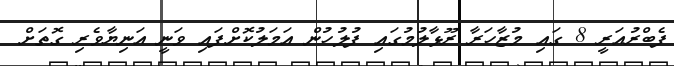
ފެބްރުއަރީ 8 ގައި މުޒާހަރާ ރޫޅާލުމުގައި ފުލުހުން އަމަލުކޮށްފައި ވަނީ އަނިޔާވެރި ގޮތަށް